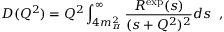
D ( Q ^ { 2 } ) = Q ^ { 2 } \int _ { 4 m _ { \pi } ^ { 2 } } ^ { \infty } \frac { R ^ { \mathrm { e x p } } ( s ) } { ( s + Q ^ { 2 } ) ^ { 2 } } d s \; \; ,